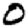
Digit: 0